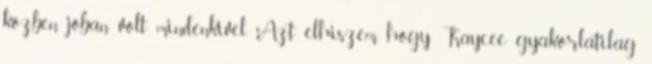
közben jóban volt mindenkivel. Azt elhiszem, hogy Kaycee gyakorlatilag